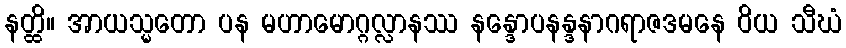
နတ္ထိ။ အာယသ္မတော ပန မဟာမောဂ္ဂလ္လာနဿ နန္ဒောပနန္ဒနာဂရာဇဒမနေ ဝိယ သီဃံ